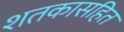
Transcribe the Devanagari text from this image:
शतकासहित